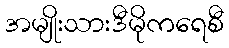
အမျိုးသားဒီမိုကရေစီ